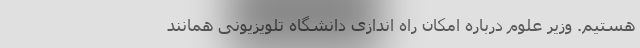
هستیم. وزیر علوم درباره امکان راه اندازی دانشگاه تلویزیونی همانند